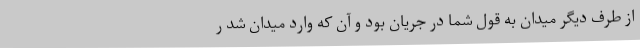
از طرف دیگر میدان به قول شما در جریان بود و آن که وارد میدان شد ر